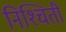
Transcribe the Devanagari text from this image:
निश्‍चिती